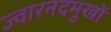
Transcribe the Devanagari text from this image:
ज्वारनदमुखों